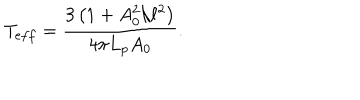
LaTeX: T _ { e f f } = \frac { 3 \left( 1 + A _ { 0 } ^ { 2 } / \ell ^ { 2 } \right) } { 4 \pi L _ { p } A _ { 0 } } .